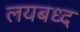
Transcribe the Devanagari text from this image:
लयबध्द